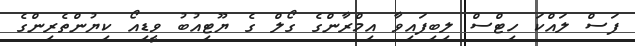
ފަސް ލައްކަ ހިޓްސް ލިބިފައިވާ އިމްރާންގެ ގޯލް ގެ ޔޫޓިއުބު ވީޑިއޯ ކިޔުންތެރިންގެ